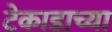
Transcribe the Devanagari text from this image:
टेकाडाच्या